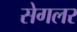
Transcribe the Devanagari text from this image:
सेगलर